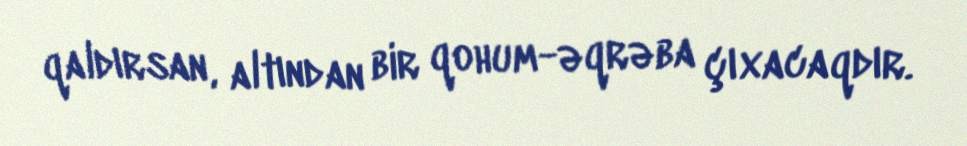
qaldırsan, altından bir qohum-əqrəba çıxacaqdır.